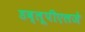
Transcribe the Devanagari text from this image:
डब्लूपीएलजे